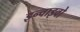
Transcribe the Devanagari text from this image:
इन्वाइवो